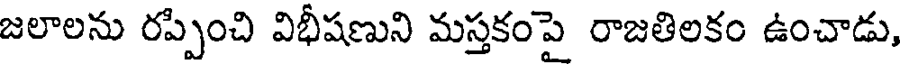
జలాలను రప్పించి విభీషణుని మస్తకంపై రాజతిలకం ఉంచాడు,